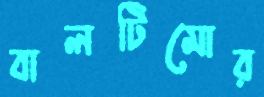
বালটিমোর